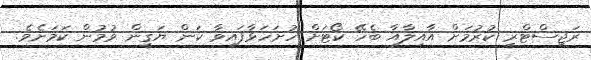
ރަޖިސްޓްރީ ކުރުމަށް އާއިލާއާ ބެހޭ ކޯޓަށް ހުށަހަޅާފައިވާ ކަން ޔަގީން ވުމުން ކަމަށެވެ.